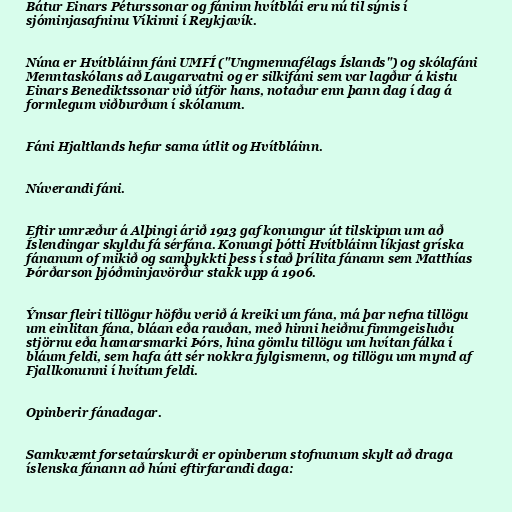
Bátur Einars Péturssonar og fáninn hvítblái eru nú til sýnis í
sjóminjasafninu Víkinni í Reykjavík.

Núna er Hvítbláinn fáni UMFÍ ("Ungmennafélags Íslands") og skólafáni
Menntaskólans að Laugarvatni og er silkifáni sem var lagður á kistu
Einars Benediktssonar við útför hans, notaður enn þann dag í dag á
formlegum viðburðum í skólanum.

Fáni Hjaltlands hefur sama útlit og Hvítbláinn.

Núverandi fáni.

Eftir umræður á Alþingi árið 1913 gaf konungur út tilskipun um að
Íslendingar skyldu fá sérfána. Konungi þótti Hvítbláinn líkjast gríska
fánanum of mikið og samþykkti þess í stað þrílita fánann sem Matthías
Þórðarson þjóðminjavörður stakk upp á 1906.

Ýmsar fleiri tillögur höfðu verið á kreiki um fána, má þar nefna tillögu
um einlitan fána, bláan eða rauðan, með hinni heiðnu fimmgeisluðu
stjörnu eða hamarsmarki Þórs, hina gömlu tillögu um hvítan fálka í
bláum feldi, sem hafa átt sér nokkra fylgismenn, og tillögu um mynd af
Fjallkonunni í hvítum feldi.

Opinberir fánadagar.

Samkvæmt forsetaúrskurði er opinberum stofnunum skylt að draga
íslenska fánann að húni eftirfarandi daga: